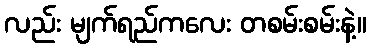
လည်း မျက်ရည်ကလေး တစမ်းစမ်းနဲ့။